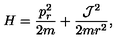
H = \frac { p _ { r } ^ { 2 } } { 2 m } + \frac { { \cal J } ^ { 2 } } { 2 m r ^ { 2 } } ,